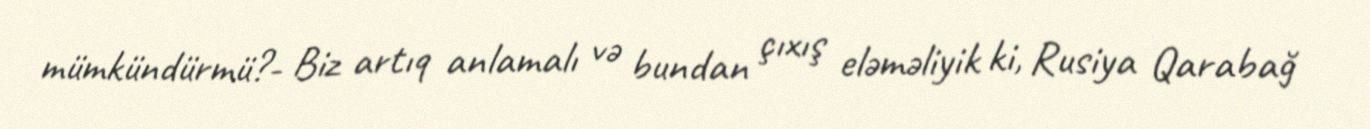
mümkündürmü?- Biz artıq anlamalı və bundan çıxış eləməliyik ki, Rusiya Qarabağ